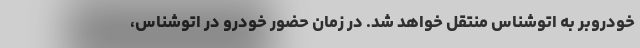
خودروبر به اتوشناس منتقل خواهد شد. در زمان حضور خودرو در اتوشناس،